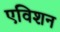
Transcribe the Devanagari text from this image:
एविशन